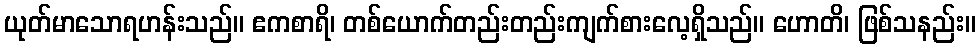
ယုတ်မာသောရဟန်းသည်။ ဧကစာရိ၊ တစ်ယောက်တည်းတည်းကျက်စားလေ့ရှိသည်။ ဟောတိ၊ ဖြစ်သနည်း။